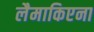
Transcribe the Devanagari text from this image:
लैमाकिएना